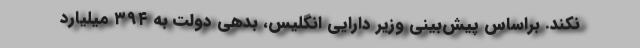
نکند. براساس پیش‌بینی وزیر دارایی انگلیس، بدهی دولت به ۳۹۴ میلیارد